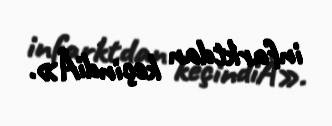
infarktdan keçindiÂ».